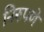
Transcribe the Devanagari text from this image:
निरुपणे